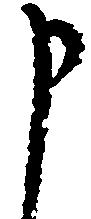
申